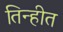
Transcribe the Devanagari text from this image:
तिन्हीत